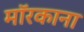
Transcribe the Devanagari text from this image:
मॉरकाना